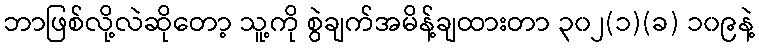
ဘာဖြစ်လို့လဲဆိုတော့ သူ့ကို စွဲချက်အမိန့်ချထားတာ ၃၀၂(၁)(ခ) ၁၀၉နဲ့